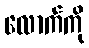
လောက်ကို